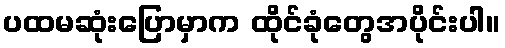
ပထမဆုံးပြောမှာက ထိုင်ခုံတွေအပိုင်းပါ။